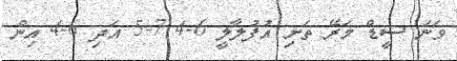
ވަނަ ސީޑް މަރޭ ތަށި އުފުލާލީ 6-4 7-5 އަދި 6-4 އިން